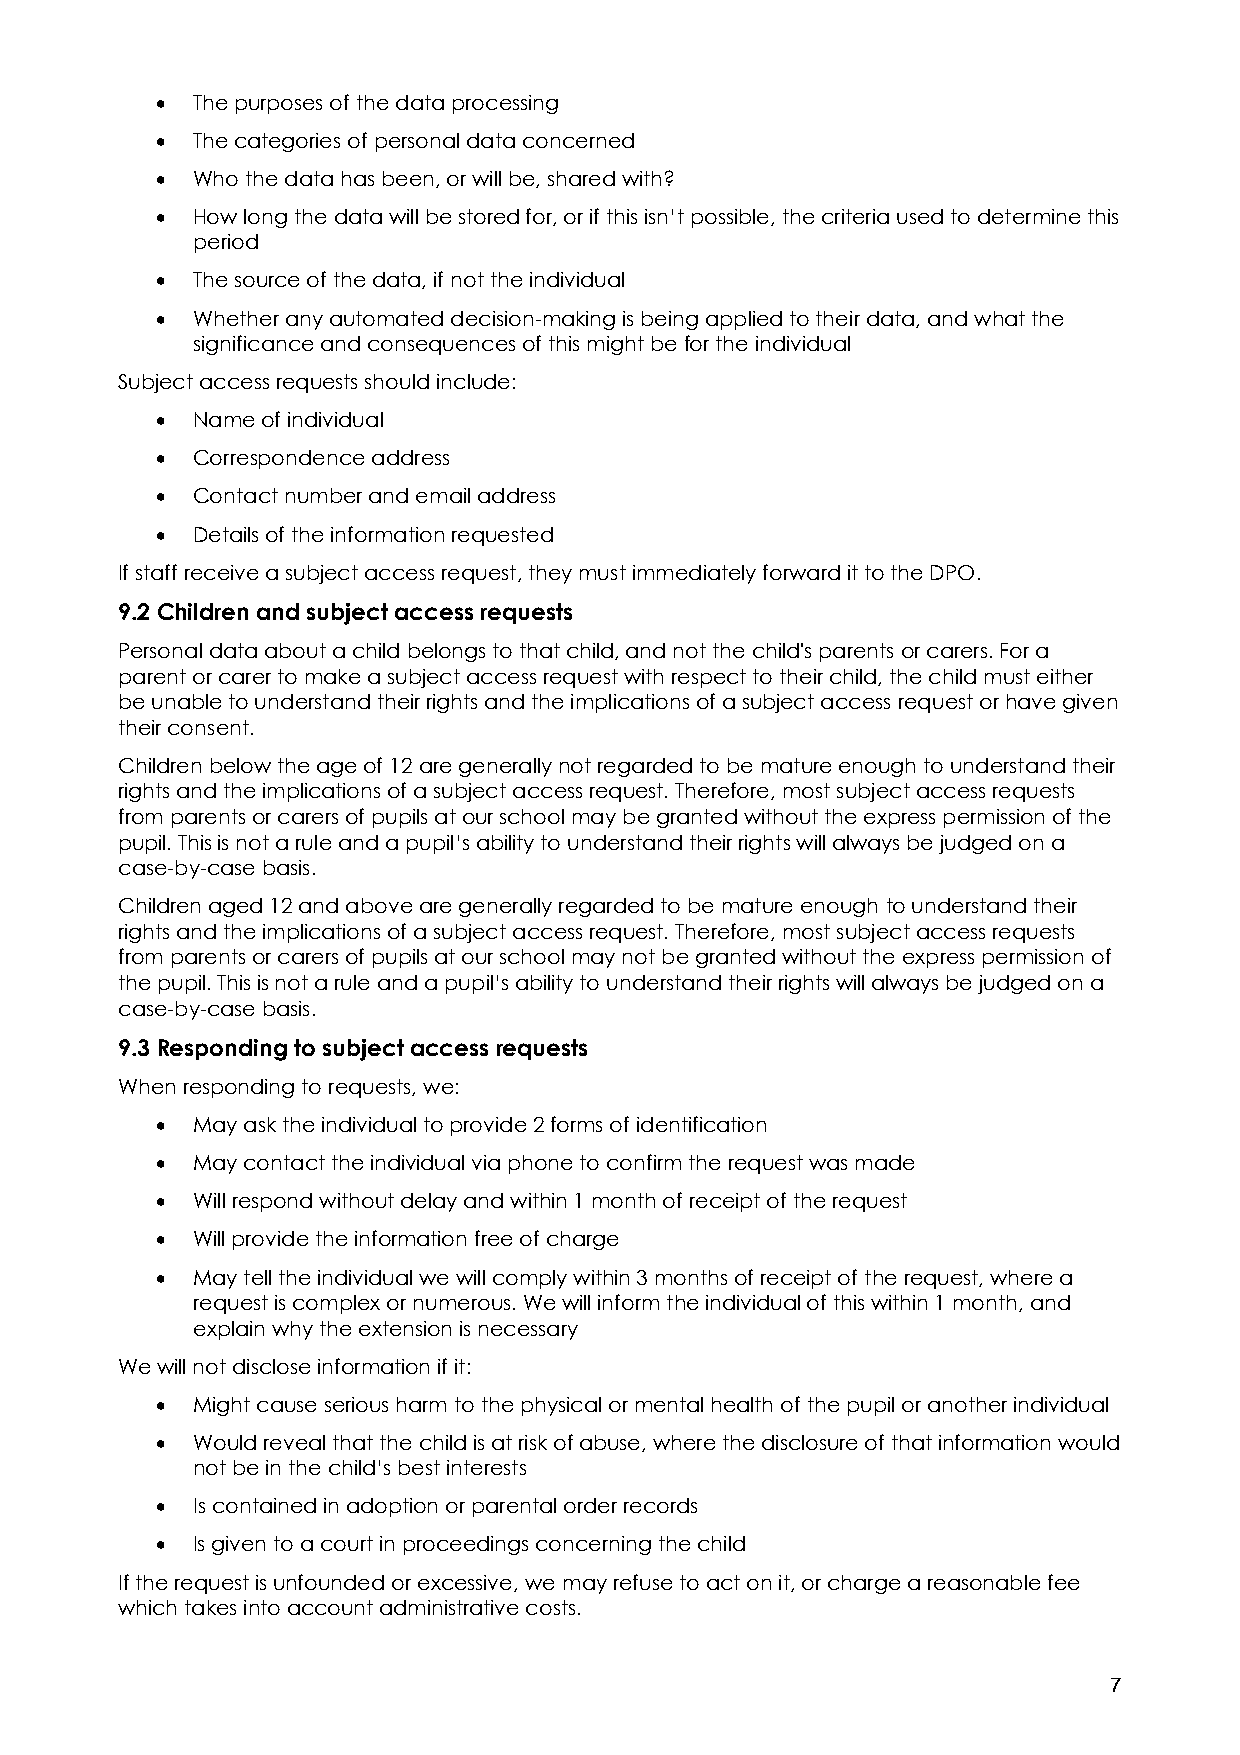
•  The purposes of the data processing
 •  The categories of personal data concerned
 •  Who the data has been, or will be, shared with?
 •  How long the data will be stored for, or if this isn’t possible, the criteria used to determine this
 period
 •  The source of the data, if not the individual
 •  Whether any automated decision-making is being applied to their data, and what the
 significance and consequences of this might be for the individual
 Subject access requests should include:
 •  Name of individual
 •  Correspondence address
 •  Contact number and email address
 •  Details of the information requested
 If staff receive a subject access request, they must immediately forward it to the DPO.
 9.2 Children and subject access requests
 Personal data about a child belongs to that child, and not the child's parents or carers. For a
 parent or carer to make a subject access request with respect to their child, the child must either
 be unable to understand their rights and the implications of a subject access request or have given
 their consent.
 Children below the age of 12 are generally not regarded to be mature enough to understand their
 rights and the implications of a subject access request. Therefore, most subject access requests
 from parents or carers of pupils at our school may be granted without the express permission of the
 pupil. This is not a rule and a pupil’s ability to understand their rights will always be judged on a
 case-by-case basis.
 Children aged 12 and above are generally regarded to be mature enough to understand their
 rights and the implications of a subject access request. Therefore, most subject access requests
 from parents or carers of pupils at our school may not be granted without the express permission of
 the pupil. This is not a rule and a pupil’s ability to understand their rights will always be judged on a
 case-by-case basis.
 9.3 Responding to subject access requests
 When responding to requests, we:
 •  May ask the individual to provide 2 forms of identification
 •  May contact the individual via phone to confirm the request was made
 •  Will respond without delay and within 1 month of receipt of the request
 •  Will provide the information free of charge
 •  May tell the individual we will comply within 3 months of receipt of the request, where a
 request is complex or numerous. We will inform the individual of this within 1 month, and
 explain why the extension is necessary
 We will not disclose information if it:
 •  Might cause serious harm to the physical or mental health of the pupil or another individual
 •  Would reveal that the child is at risk of abuse, where the disclosure of that information would
 not be in the child’s best interests
 •  Is contained in adoption or parental order records
 •  Is given to a court in proceedings concerning the child
 If the request is unfounded or excessive, we may refuse to act on it, or charge a reasonable fee
 which takes into account administrative costs.
 7